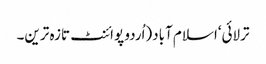
ترلائی‘اسلام آباد(اُردو پوائنٹ تازہ ترین۔